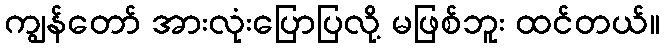
ကျွန်တော် အားလုံးပြောပြလို့ မဖြစ်ဘူး ထင်တယ်။